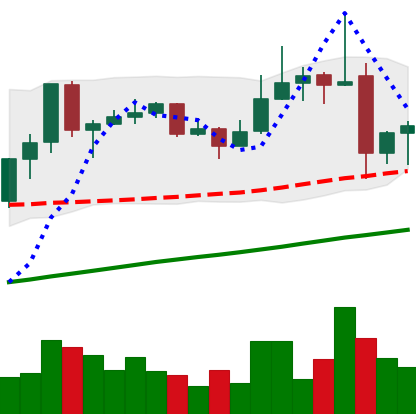
Ticker: ADA-USD
Chart end date: 2019-06-29
Forward return: -13.988%
Label: down_7plus